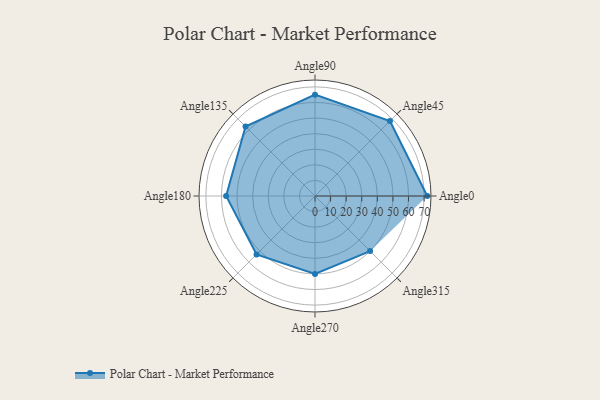
{"axis": {"x": "Angle", "y": "Radius"}, "legend": [""], "data": [{"x": "Angle0", "y": 72.0, "type": ""}, {"x": "Angle45", "y": 68.0, "type": ""}, {"x": "Angle90", "y": 65.0, "type": ""}, {"x": "Angle135", "y": 63.0, "type": ""}, {"x": "Angle180", "y": 57.0, "type": ""}, {"x": "Angle225", "y": 53.0, "type": ""}, {"x": "Angle270", "y": 50, "type": ""}, {"x": "Angle315", "y": 50, "type": ""}]}